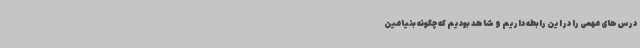
درس‌های مهمی را در این رابطه داریم و شاهد بودیم که چگونه بنیامین